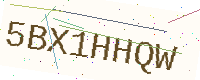
Text: 5BX1HHQW